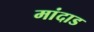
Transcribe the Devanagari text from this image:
मांदाड